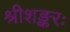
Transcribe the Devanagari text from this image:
श्रीशङ्करः